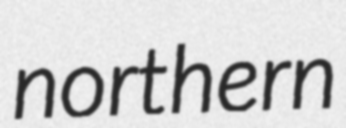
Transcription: northern